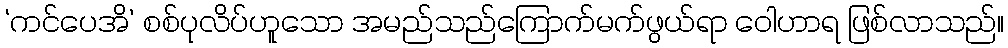
‘ကင်ပေအိ’ စစ်ပုလိပ်ဟူသော အမည်သည်ကြောက်မက်ဖွယ်ရာ ဝေါဟာရ ဖြစ်လာသည်။